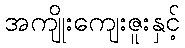
အကျိုးကျေးဇူးနှင့်